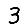
Digit: 3